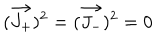
( \vec { J _ { + } } ) ^ { 2 } = ( \vec { J _ { - } } ) ^ { 2 } = 0